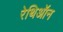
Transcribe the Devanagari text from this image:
रेथिऑन